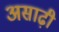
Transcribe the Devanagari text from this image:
असाढ़ी